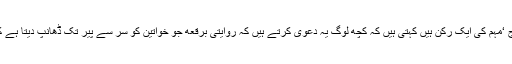
فرزانہ سعادت جو ’ پرے کے پیچھے سورج ‘مہم کی ایک رکن ہیں کہتی ہیں کہ کچھ لوگ یہ دعویٰ کرتے ہیں کہ روایتی برقعه جو خواتین کو سر سے پیر تک ڈھانپ دیتا ہے کبھی بھی افغان ثقافت کا حصہ نہیں رہا تھا ۔